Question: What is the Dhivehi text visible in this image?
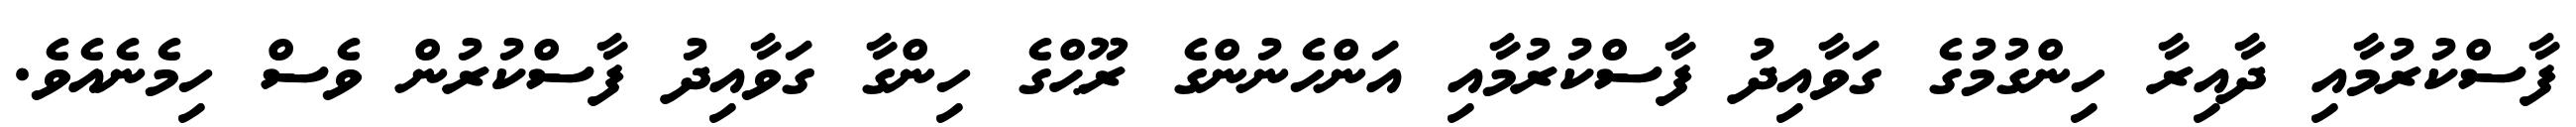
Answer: ފާސްކުރުމާއި ދާއިރާ ހިންގުމުގެ ގަވާއިދު ފާސްކުރުމާއި އަންހެނުންގެ ރޫޙްގެ ހިންގާ ގަވާއިދު ފާސްކުރުން ވެސް ހިމެނެއެވެ.